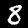
Label: 8